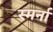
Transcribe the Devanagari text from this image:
स्मर्ना